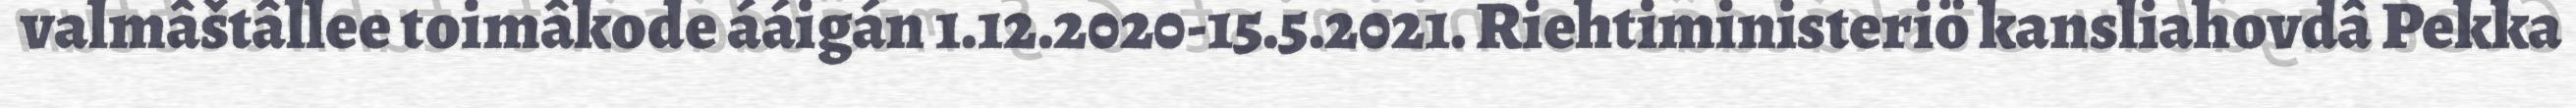
valmâštâllee toimâkode ááigán 1.12.2020-15.5.2021. Riehtiministeriö kansliahovdâ Pekka